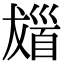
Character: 𩠖